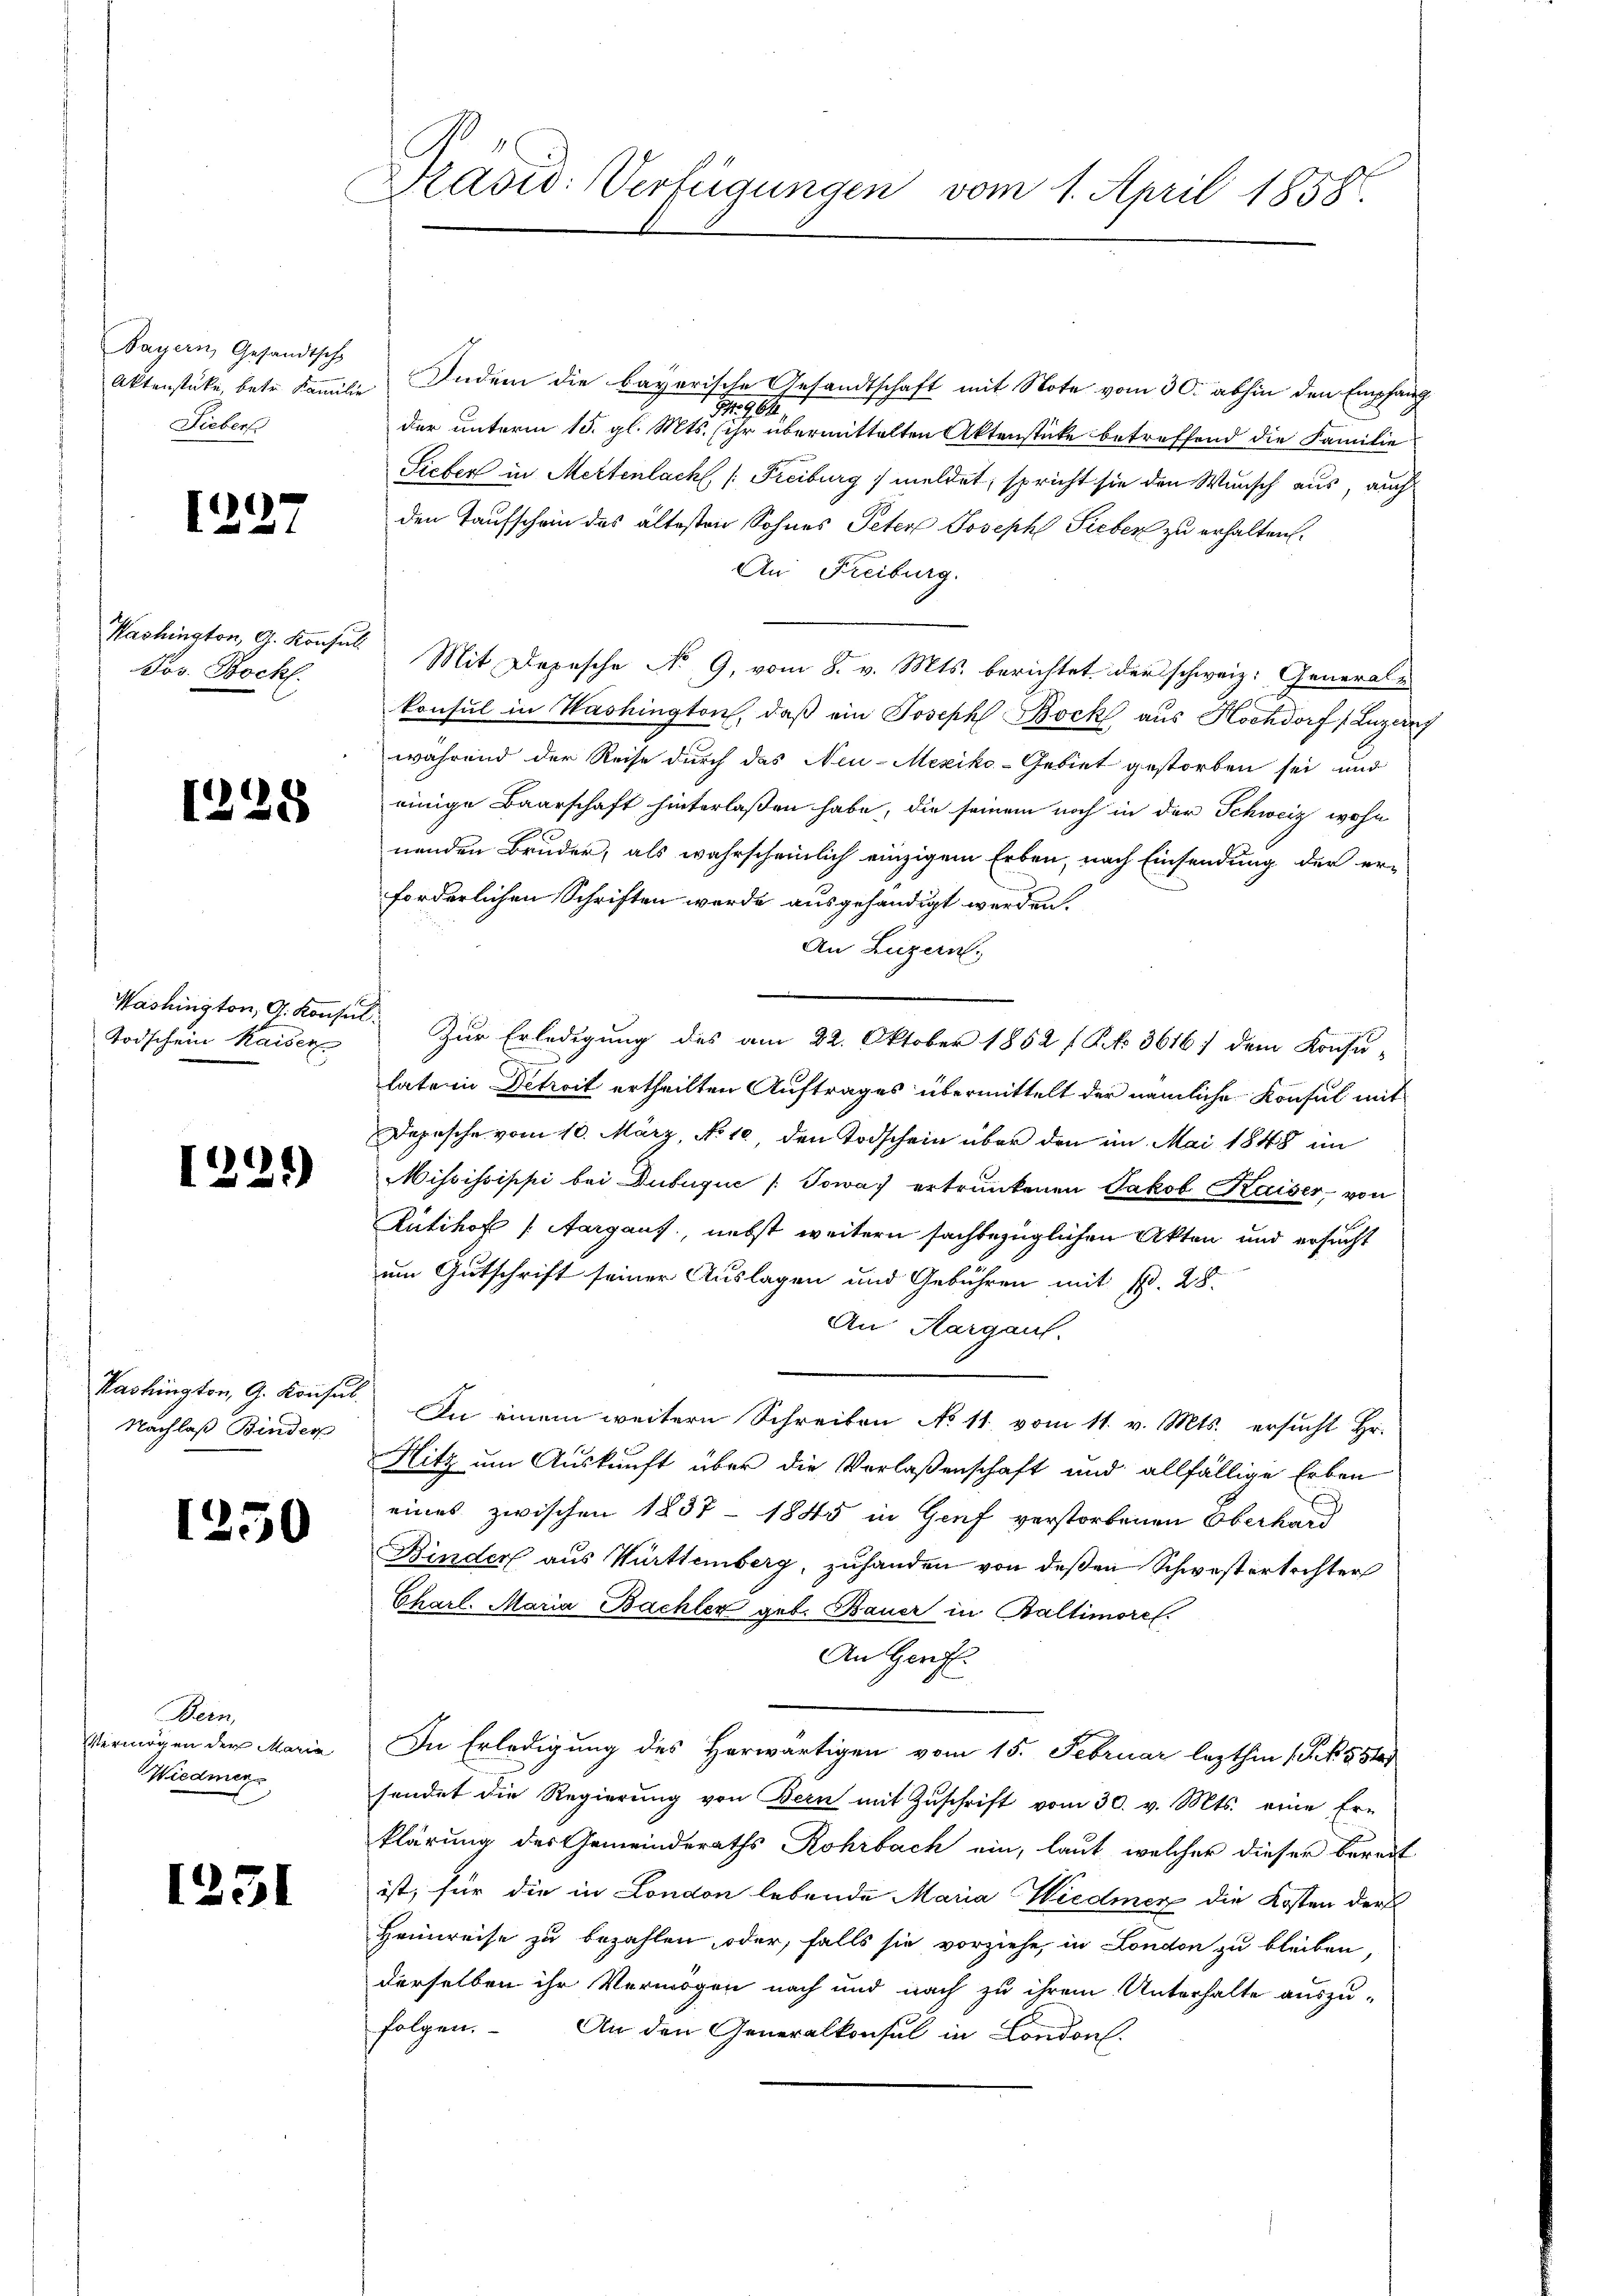
Bayern, Gesandtsch
Lieber

1227

Washington, G. Konsul
Jos. Bochl.

1228

Washington, G. Konse
Todschein Kaiser

1239)

Nachlaß Binder

1250

Bern,
Vermögen der Maria
Wiedmer

1251

Präsid: Verfügungen vom 1. April 1858.

Aktenstücke, betr. Familie Indem die bayerische Gesandtschaft mit Note vom 30. abhin den Empfang
198.
der unterm 15. gl. Mts. (ihr übermittelten Aktenstücke betreffend die Familie
Sicher in Mettenlach [Freiburg / meldet, spricht sie den Wunsch aus, auch
den Taufschein des ältesten Sohnes Peter Joseph Sieber zu erhalten.
An Freiburg.
 Mit Depesche No 9. vom 8. v. Mts. berichtet der schweiz. General-
konsul in Washington, daß ein Joseph Bock aus Hochdorf (Luzern
während der Reise durch das Neu-Mexiko-Gebiet gestorben sei, und
einige Baarschaft hinterlaßen habe, die seinem noch in der Schweiz wohn
nenden Bruder, als wahrscheinlich einzigem Erben, nach Einsendung der er-
forderlichen Schriften werde ausgehändigt werden.
An Luzern,
. Zur Erledigung des am 22. Oktober 1852 f. Art. 3616; dem Konsu-
latein Detroit ertheilten Auftrages übermittelt der nämliche Konsul mit
Depesche vom 10. März, No 10, den Todschein über den im Mai 1848 im
Mississippi bei Dubuquć / Sowa ertrankenen Jakob Kaiser, von
Rütihof (Aargaus, nebst weitern sachbezüglichen Akten und ersucht
um Gutschrift seiner Auslagen und Gebühren mit Bd. 28.
An Aargau.
Kashington, G. Konsul. In einem weitern Schreiben No 11. vom 11. v. Mts. ersucht Hr.
Hitz um Auskunft über die Verlaßenschaft und allfällige Erben
eines zwischen 1837 - 1845 in Genf verstorbenen Oberkauf
Kinder aus Württemberg, zuhanden von deßen Schwestertochter
Chart. Maria Bachler geb. Bauer in Baltimorel.
An Genf.
In Erledigung des Herwärtigen vom 15. Februar lezthin 1 S. Köste
sendet die Regierung von Bern mit Zuschrift vom 30. v. Mts. eine Er-
klärung des Gemeinderaths Rohrbach ein, laut, welcher dieser bereit
ist, für die in London lebende Maria Wiedmer die Kosten der
Heimreise zu bezahlen, oder, falls sie vorziehe, in London zu bleiben,
derselben ihr Vermögen nach und nach zu ihrem Unterhalte auszu-
folgen.
An den Generalkonsul in London.